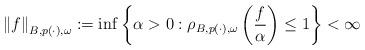
LaTeX: \begin{align*}\left\Vert f\right\Vert _{B,p\left( \cdot \right) ,\omega }:=\inf \left\{\alpha >0:\rho _{B,p\left( \cdot \right) ,\omega }\left( \frac{f}{\alpha }\right) \leq 1\right\} <\infty \end{align*}